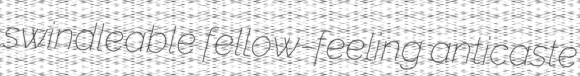
swindleable fellow-feeling anticaste